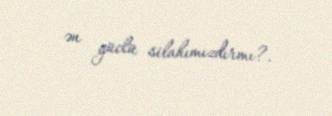
ən güclü silahımızdırmı?.